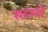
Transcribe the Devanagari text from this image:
सहस्यों